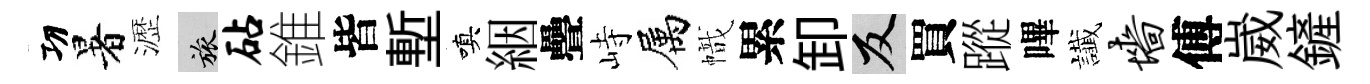
㓛暑瀝旅砧錐皆塹嗔絪疊峙属幟累卸反買蹤嗶䜟墙傅崴鏟